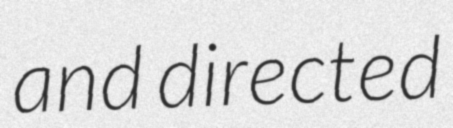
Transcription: and directed